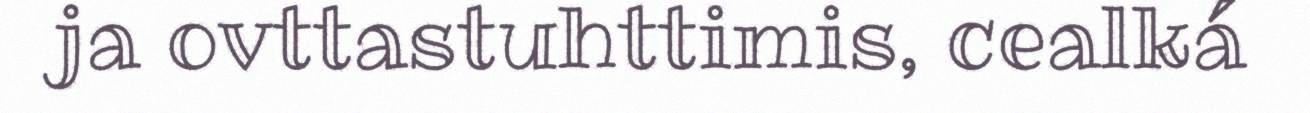
ja ovttastuhttimis, cealká